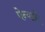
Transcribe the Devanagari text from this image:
पेन्याने